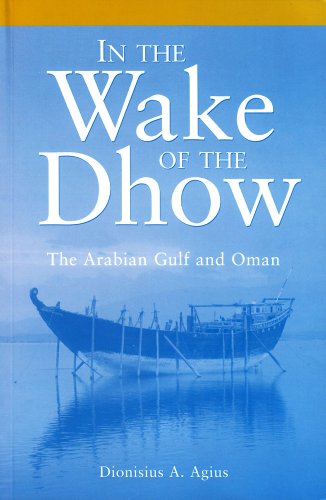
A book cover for In the Wake of the Dhow: The Arabian Gulf and Oman; Dionisius A. Agius; History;